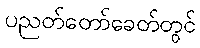
ပညတ်တော်ခေတ်တွင်